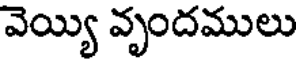
వెయ్యి వృందములు